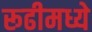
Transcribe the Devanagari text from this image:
रूढीमध्ये